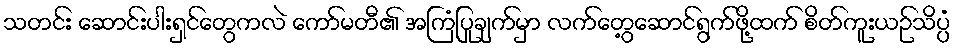
သတင်း ဆောင်းပါးရှင်တွေကလဲ ကော်မတီ၏ အကြံပြုချက်မှာ လက်တွေ့ဆောင်ရွက်ဖို့ထက် စိတ်ကူးယဉ်သိပ္ပံ